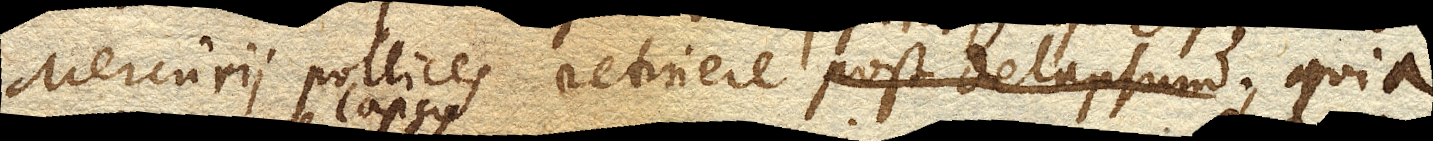
Mercurii pollices retinere; quia